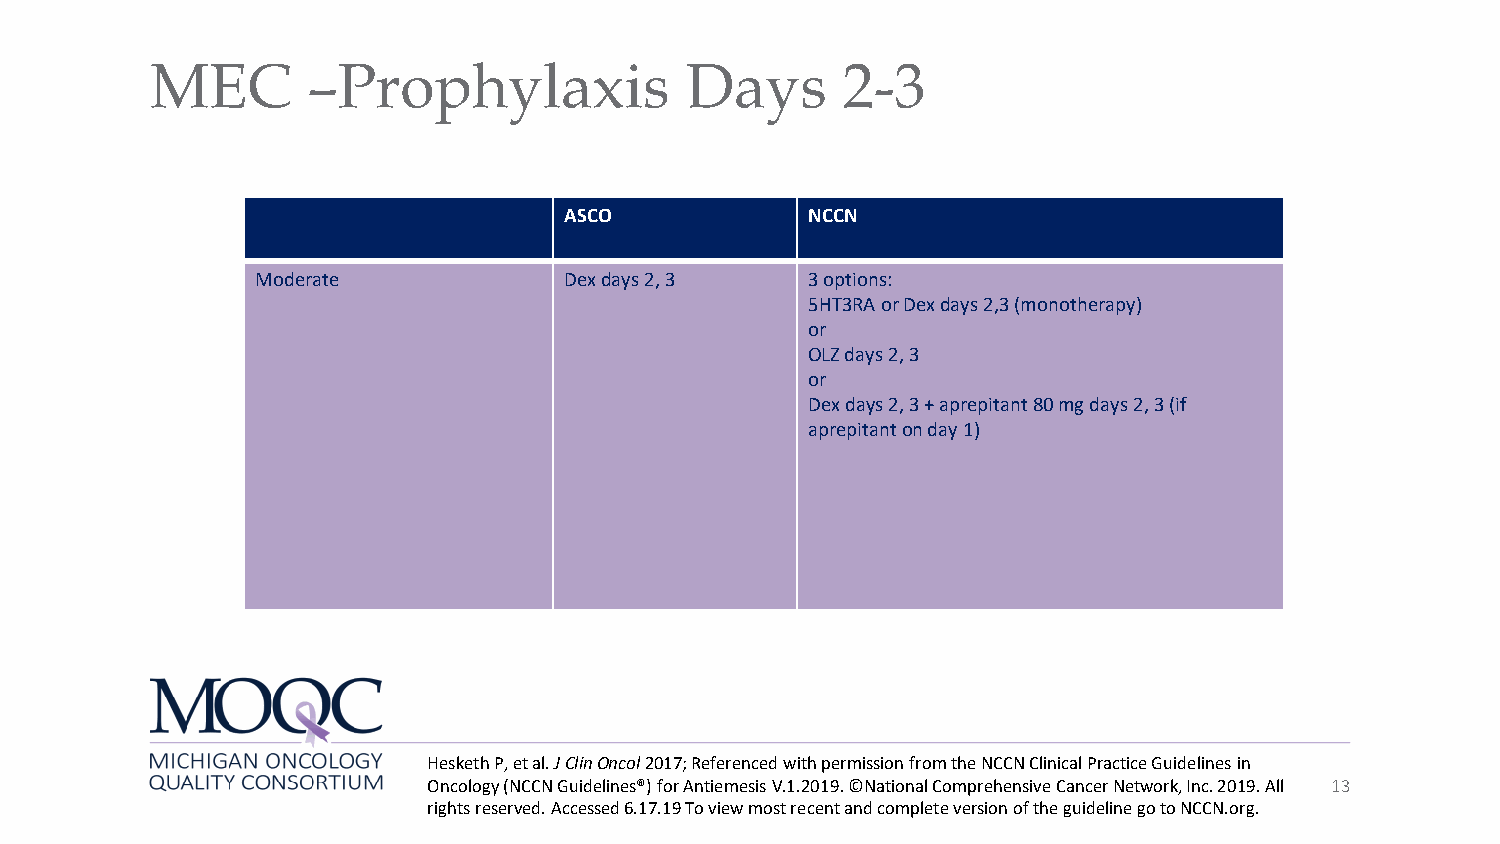
MEC       –Prophylaxis             Days       2-3
 ASCO             NCCN
 Moderate            Dexdays 2, 3     3 options:
 5HT3RA or Dexdays 2,3 (monotherapy)
 or
 OLZ days 2, 3
 or
 Dexdays 2, 3 + aprepitant80 mg days 2, 3 (if
 aprepitanton day 1)
 HeskethP, et al. J ClinOncol2017; Referenced with permission from the NCCN Clinical Practice Guidelines in
 Oncology (NCCN Guidelines®) for AntiemesisV.1.2019. ©National Comprehensive Cancer Network, Inc. 2019. All 13
 rights reserved. Accessed 6.17.19 To view most recent and complete version of the guideline go to NCCN.org.